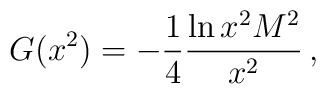
G(x^2) = -\frac{1}{4}\frac{\ln x^2 M^2}{x^2} \, ,